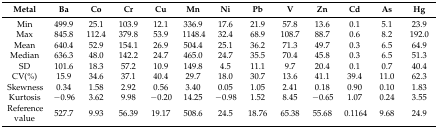
<table><thead><tr><td><b>Metal</b></td><td><b>Ba</b></td><td><b>Co</b></td><td><b>Cr</b></td><td><b>Cu</b></td><td><b>Mn</b></td><td><b>Ni</b></td><td><b>Pb</b></td><td><b>V</b></td><td><b>Zn</b></td><td><b>Cd</b></td><td><b>As</b></td><td><b>Hg</b></td></tr></thead><tbody><tr><td>Min</td><td>499.9</td><td>25.1</td><td>103.9</td><td>12.1</td><td>336.9</td><td>17.6</td><td>21.9</td><td>57.8</td><td>13.6</td><td>0.1</td><td>5.1</td><td>23.9</td></tr><tr><td>Max</td><td>845.8</td><td>112.4</td><td>379.8</td><td>53.9</td><td>1148.4</td><td>32.4</td><td>68.9</td><td>108.7</td><td>88.7</td><td>0.6</td><td>8.2</td><td>192.0</td></tr><tr><td>Mean</td><td>640.4</td><td>52.9</td><td>154.1</td><td>26.9</td><td>504.4</td><td>25.1</td><td>36.2</td><td>71.3</td><td>49.7</td><td>0.3</td><td>6.5</td><td>64.9</td></tr><tr><td>Median</td><td>636.3</td><td>48.0</td><td>142.2</td><td>24.7</td><td>465.0</td><td>24.7</td><td>35.5</td><td>70.4</td><td>45.8</td><td>0.3</td><td>6.5</td><td>51.3</td></tr><tr><td>SD</td><td>101.6</td><td>18.3</td><td>57.2</td><td>10.9</td><td>149.8</td><td>4.5</td><td>11.1</td><td>9.7</td><td>20.4</td><td>0.1</td><td>0.7</td><td>40.4</td></tr><tr><td>CV(%)</td><td>15.9</td><td>34.6</td><td>37.1</td><td>40.4</td><td>29.7</td><td>18.0</td><td>30.7</td><td>13.6</td><td>41.1</td><td>39.4</td><td>11.0</td><td>62.3</td></tr><tr><td>Skewness</td><td>0.34</td><td>1.58</td><td>2.92</td><td>0.56</td><td>3.40</td><td>0.05</td><td>1.05</td><td>2.41</td><td>0.18</td><td>0.90</td><td>0.10</td><td>1.83</td></tr><tr><td>Kurtosis</td><td>−0.96</td><td>3.62</td><td>9.98</td><td>−0.20</td><td>14.25</td><td>−0.98</td><td>1.52</td><td>8.45</td><td>−0.65</td><td>1.07</td><td>0.24</td><td>3.55</td></tr><tr><td>Reference value</td><td>527.7</td><td>9.93</td><td>56.39</td><td>19.17</td><td>508.6</td><td>24.5</td><td>18.76</td><td>65.38</td><td>55.68</td><td>0.1164</td><td>9.68</td><td>24.9</td></tr></tbody></table>